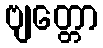
ဗျတ္တော